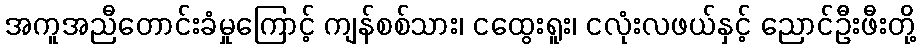
အကူအညီတောင်းခံမှုကြောင့် ကျန်စစ်သား၊ ငထွေးရူး၊ ငလုံးလဖယ်နှင့် ညောင်ဦးဖီးတို့